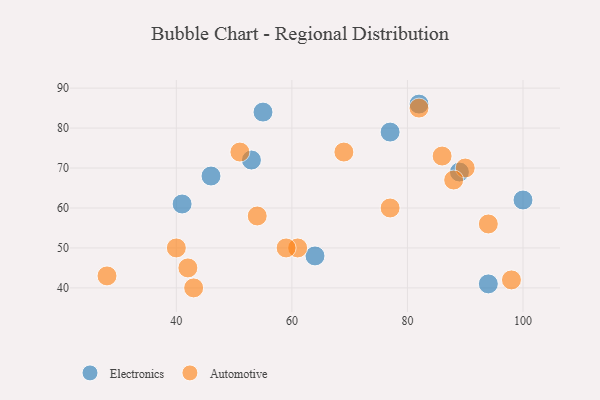
{"axis": {"x": "GDP", "y": "Life Expectancy"}, "legend": ["Automotive", "Electronics"], "data": [{"x": "53", "y": 72, "type": "Electronics"}, {"x": "77", "y": 79, "type": "Electronics"}, {"x": "55", "y": 84, "type": "Electronics"}, {"x": "82", "y": 86, "type": "Electronics"}, {"x": "94", "y": 41, "type": "Electronics"}, {"x": "100", "y": 62, "type": "Electronics"}, {"x": "46", "y": 68, "type": "Electronics"}, {"x": "64", "y": 48, "type": "Electronics"}, {"x": "89", "y": 69, "type": "Electronics"}, {"x": "41", "y": 61, "type": "Electronics"}, {"x": "43", "y": 40, "type": "Automotive"}, {"x": "54", "y": 58, "type": "Automotive"}, {"x": "42", "y": 45, "type": "Automotive"}, {"x": "98", "y": 42, "type": "Automotive"}, {"x": "61", "y": 50, "type": "Automotive"}, {"x": "90", "y": 70, "type": "Automotive"}, {"x": "82", "y": 85, "type": "Automotive"}, {"x": "59", "y": 50, "type": "Automotive"}, {"x": "94", "y": 56, "type": "Automotive"}, {"x": "51", "y": 74, "type": "Automotive"}, {"x": "77", "y": 60, "type": "Automotive"}, {"x": "88", "y": 67, "type": "Automotive"}, {"x": "28", "y": 43, "type": "Automotive"}, {"x": "40", "y": 50, "type": "Automotive"}, {"x": "86", "y": 73, "type": "Automotive"}, {"x": "69", "y": 74, "type": "Automotive"}]}